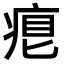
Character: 𤶨